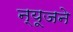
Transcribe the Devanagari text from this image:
न्यूजने